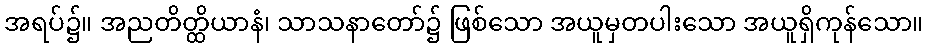
အရပ်၌။ အညတိတ္ထိယာနံ၊ သာသနာတော်၌ ဖြစ်သော အယူမှတပါးသော အယူရှိကုန်သော။